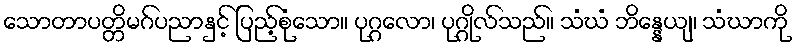
သောတာပတ္တိမဂ်ပညာနှင့် ပြည့်စုံသော။ ပုဂ္ဂလော၊ ပုဂ္ဂိုလ်သည်။ သံဃံ ဘိန္နေယျ၊ သံဃာကို